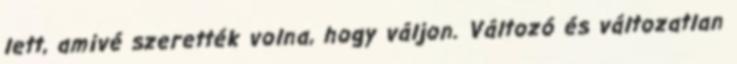
lett, amivé szerették volna, hogy váljon. Változó és változatlan